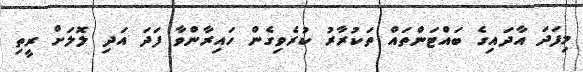
މިފަދަ އާދައިގެ ބައްޓަންތައް ތަކުރާރު ކުރެވިގެން ހައިރާންވާ ފަދަ އަދި ލޮލަށް ރީތި